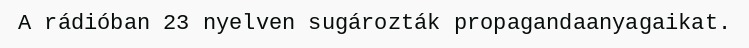
A rádióban 23 nyelven sugározták propagandaanyagaikat.